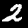
Digit: 2